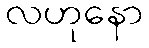
လဟုနော